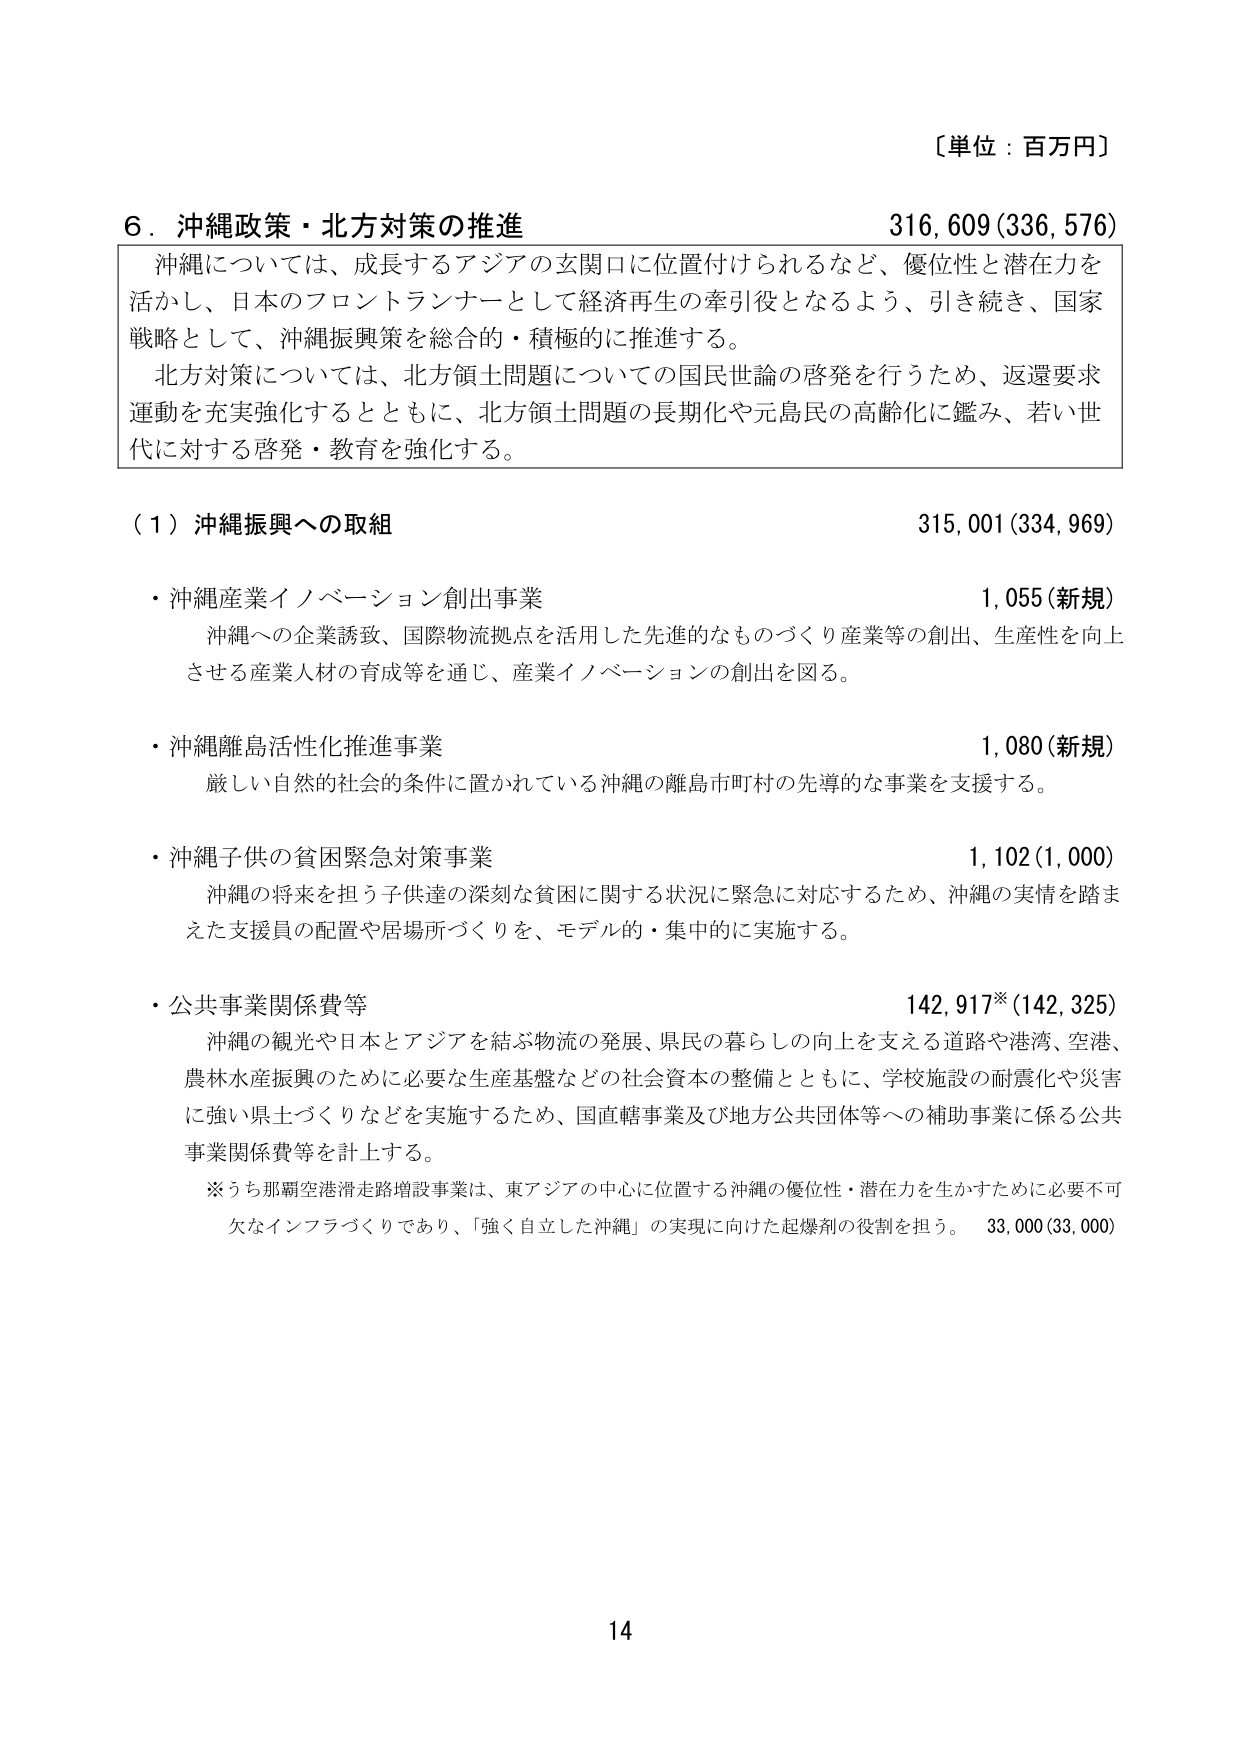
〔単位：百万円〕

６．沖縄政策・北方対策の推進　316,609(336,576)

沖縄については、成長するアジアの玄関口に位置付けられるなど、優位性と潜在力を活かし、日本のフロントランナーとして経済再生の牽引役となるよう、引き続き、国家戦略として、沖縄振興策を総合的・積極的に推進する。

北方対策については、北方領土問題についての国民世論の啓発を行うため、返還要求運動を充実強化するとともに、北方領土問題の長期化や元島民の高齢化に鑑み、若い世代に対する啓発・教育を強化する。

（１）沖縄振興への取組　315,001(334,969)

・沖縄産業イノベーション創出事業　1,055(新規)
　沖縄への企業誘致、国際物流拠点を活用した先進的なものづくり産業等の創出、生産性を向上させる産業人材の育成等を通じ、産業イノベーションの創出を図る。

・沖縄離島活性化推進事業　1,080(新規)
　厳しい自然的社会的条件に置かれている沖縄の離島市町村の先導的な事業を支援する。

・沖縄子供の貧困緊急対策事業　1,102(1,000)
　沖縄の将来を担う子供達の深刻な貧困に関する状況に緊急に対応するため、沖縄の実情を踏まえた支援員の配置や居場所づくりを、モデル的・集中的に実施する。

・公共事業関係費等　142,917※(142,325)
　沖縄の観光や日本とアジアを結ぶ物流の発展、県民の暮らしの向上を支える道路や港湾、空港、農林水産振興のために必要な生産基盤などの社会資本の整備とともに、学校施設の耐震化や災害に強い県土づくりなどを実施するため、国直轄事業及び地方公共団体等への補助事業に係る公共事業関係費等を計上する。

※うち那覇空港滑走路増設事業は、東アジアの中心に位置する沖縄の優位性・潜在力を生かすために必要不可欠なインフラづくりであり、「強く自立した沖縄」の実現に向けた起爆剤の役割を担う。　33,000(33,000)

14